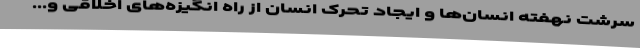
سرشت نهفته انسان‌ها و ایجاد تحرک انسان از راه انگیزه‌های اخلاقی و...